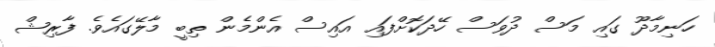
ހަނިމާދޫ ގައި މަސް ދުވަސް ހޭދަކޮށްފައި އައިސް އެންމެން ތިބީ މާލޭގައެވެ. ފާރިޝް